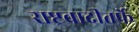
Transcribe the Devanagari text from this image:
राष्ट्रवादीतर्फे